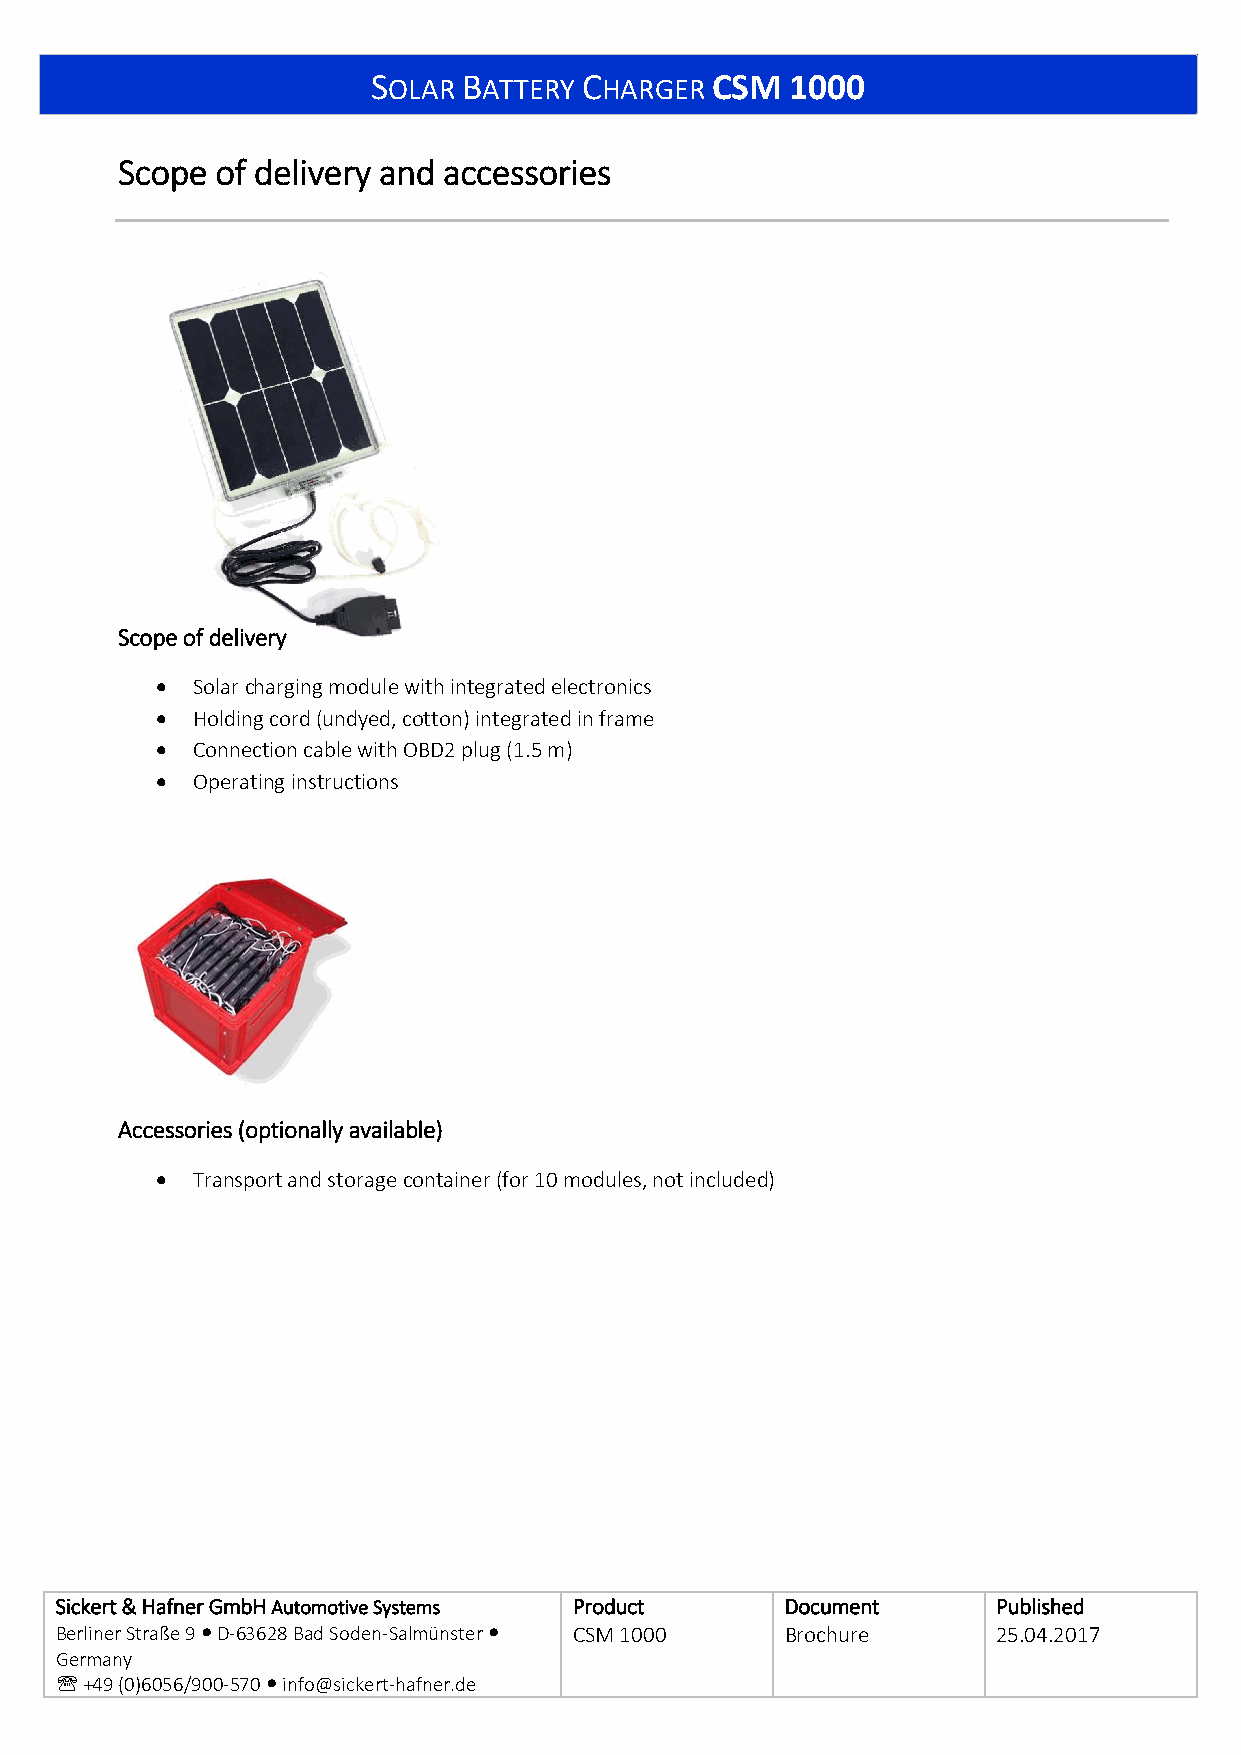
SOLAR BATTERY CHARGER CSM  1000
 Scope of delivery and accessories
 Scope of delivery
 •  Solar charging module with integrated electronics
 •  Holding cord (undyed, cotton) integrated in frame
 •  Connection cable with OBD2 plug (1.5 m)
 •  Operating instructions
 Accessories (optionally available)
 •  Transport and storage container (for 10 modules, not included)
 Sickert & Hafner GmbH Automotive Systems Product Document     Published
 Berliner Straße 9  D-63628 Bad Soden-Salmünster  CSM 1000 Brochure 25.04.2017
 Germany
  +49 (0)6056/900-570  info@sickert-hafner.de